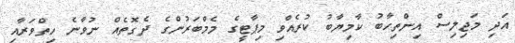
އަދި މަޖިލިސް އިންތިހާބު ކާމިޔާބު ކުރެއްވި މިޕާޓީގެ މެމްބަރުންގެ ދެގޮތެއް ނުވާނެ ހިތްވަރާއި